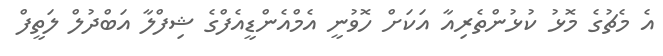
އެ މެޗުގެ މޮޅު ކުޅުންތެރިއާ އަކަށް ހޮވުނީ އެމްއެންޑީއެފްގެ ޝިފްލާ އަބްދުލް ލަތީފް